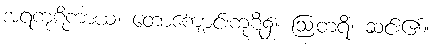
အရကုဋိကာယ၊ တောကျောင်းကုဋိ၌။ ဩတရိ၊ ဆင်း၏။